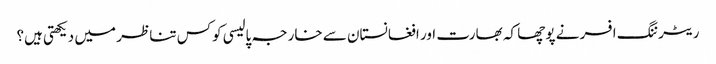
ریٹرننگ افسر نے پوچھا کہ بھارت اور افغانستان سے خارجہ پالیسی کوکس تناظر میں دیکھتی ہیں؟